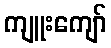
ကျူးကျော်